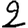
Digit: 2